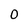
Character: 0